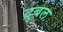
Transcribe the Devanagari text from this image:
द्रुबल